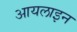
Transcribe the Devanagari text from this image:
आयलाइन